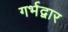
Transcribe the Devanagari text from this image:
गर्भद्वार